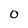
Character: 0